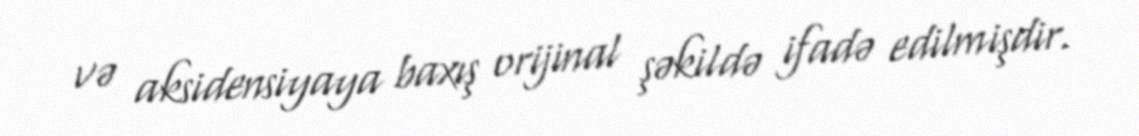
və aksidensiyaya baxış orijinal şəkildə ifadə edilmişdir.